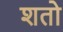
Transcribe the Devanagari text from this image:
शतो